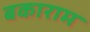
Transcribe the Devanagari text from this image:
बकाराम